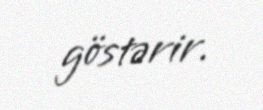
göstərir.